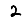
Digit: 2